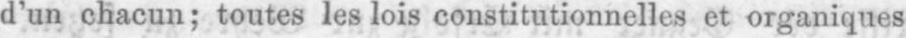
d’un chacun; toutes les lois constitutionnelles et organiques